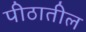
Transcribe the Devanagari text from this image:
पीठातील